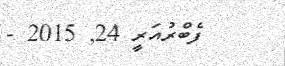
ފެބްރުއަރީ 24